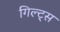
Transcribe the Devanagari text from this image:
गिल्ट्स